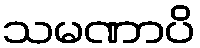
သမဏာပိ